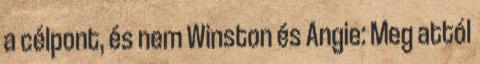
a célpont, és nem Winston és Angie: Meg attól